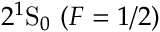
2 ^ { 1 } \mathrm { S } _ { 0 } \ ( F = 1 / 2 )